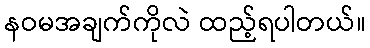
နဝမအချက်ကိုလဲ ထည့်ရပါတယ်။